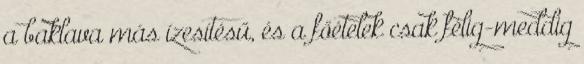
a baklava más ízesítésű, és a főételek csak félig-meddig